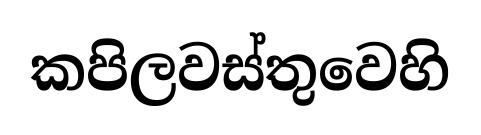
කපිලවස්තුවෙහි